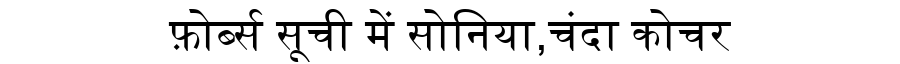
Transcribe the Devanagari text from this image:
फ़ोर्ब्स सूची में सोनिया,चंदा कोचर